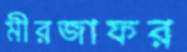
মীরজাফর